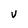
Character: V